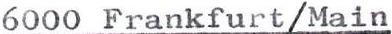
6000 Frankfurt/Main